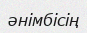
әнімбісің